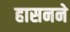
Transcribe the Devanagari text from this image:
हासनने